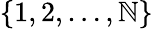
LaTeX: \{ 1,2,\ldots,\mathbb{N}\}